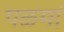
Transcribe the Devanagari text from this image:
पळमां